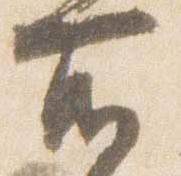
所